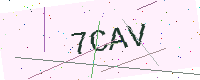
Text: 7CAV